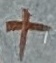
Text: +